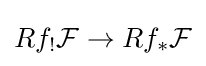
Rf_{!}{\mathcal {F}}\to Rf_{*}{\mathcal {F}}